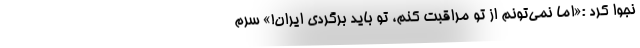
نجوا کرد :«اما نمی‌تونم از تو مراقبت کنم، تو باید برگردی ایران!» سرم